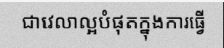
ជាវេលាល្អបំផុតក្នុងការធ្វើ